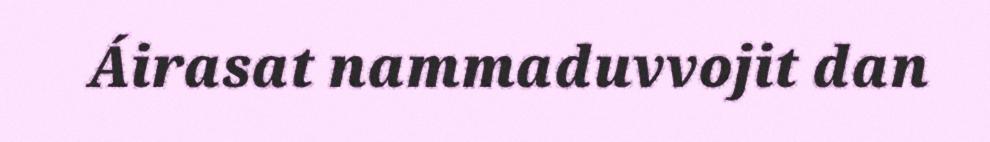
Áirasat nammaduvvojit dan